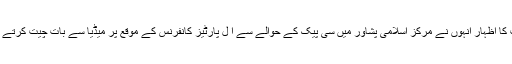
ان خیالات کا اظہار انہوں نے مرکز اسلامی پشاور میں سی پیک کے حوالے سے ا ٓل پارٹیز کانفرنس کے موقع پر میڈیا سے بات چیت کرتے ہوئے کیا۔